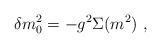
\begin{align*}\delta m_{0}^{2}=-g^{2}\Sigma(m^{2})\ ,\end{align*}